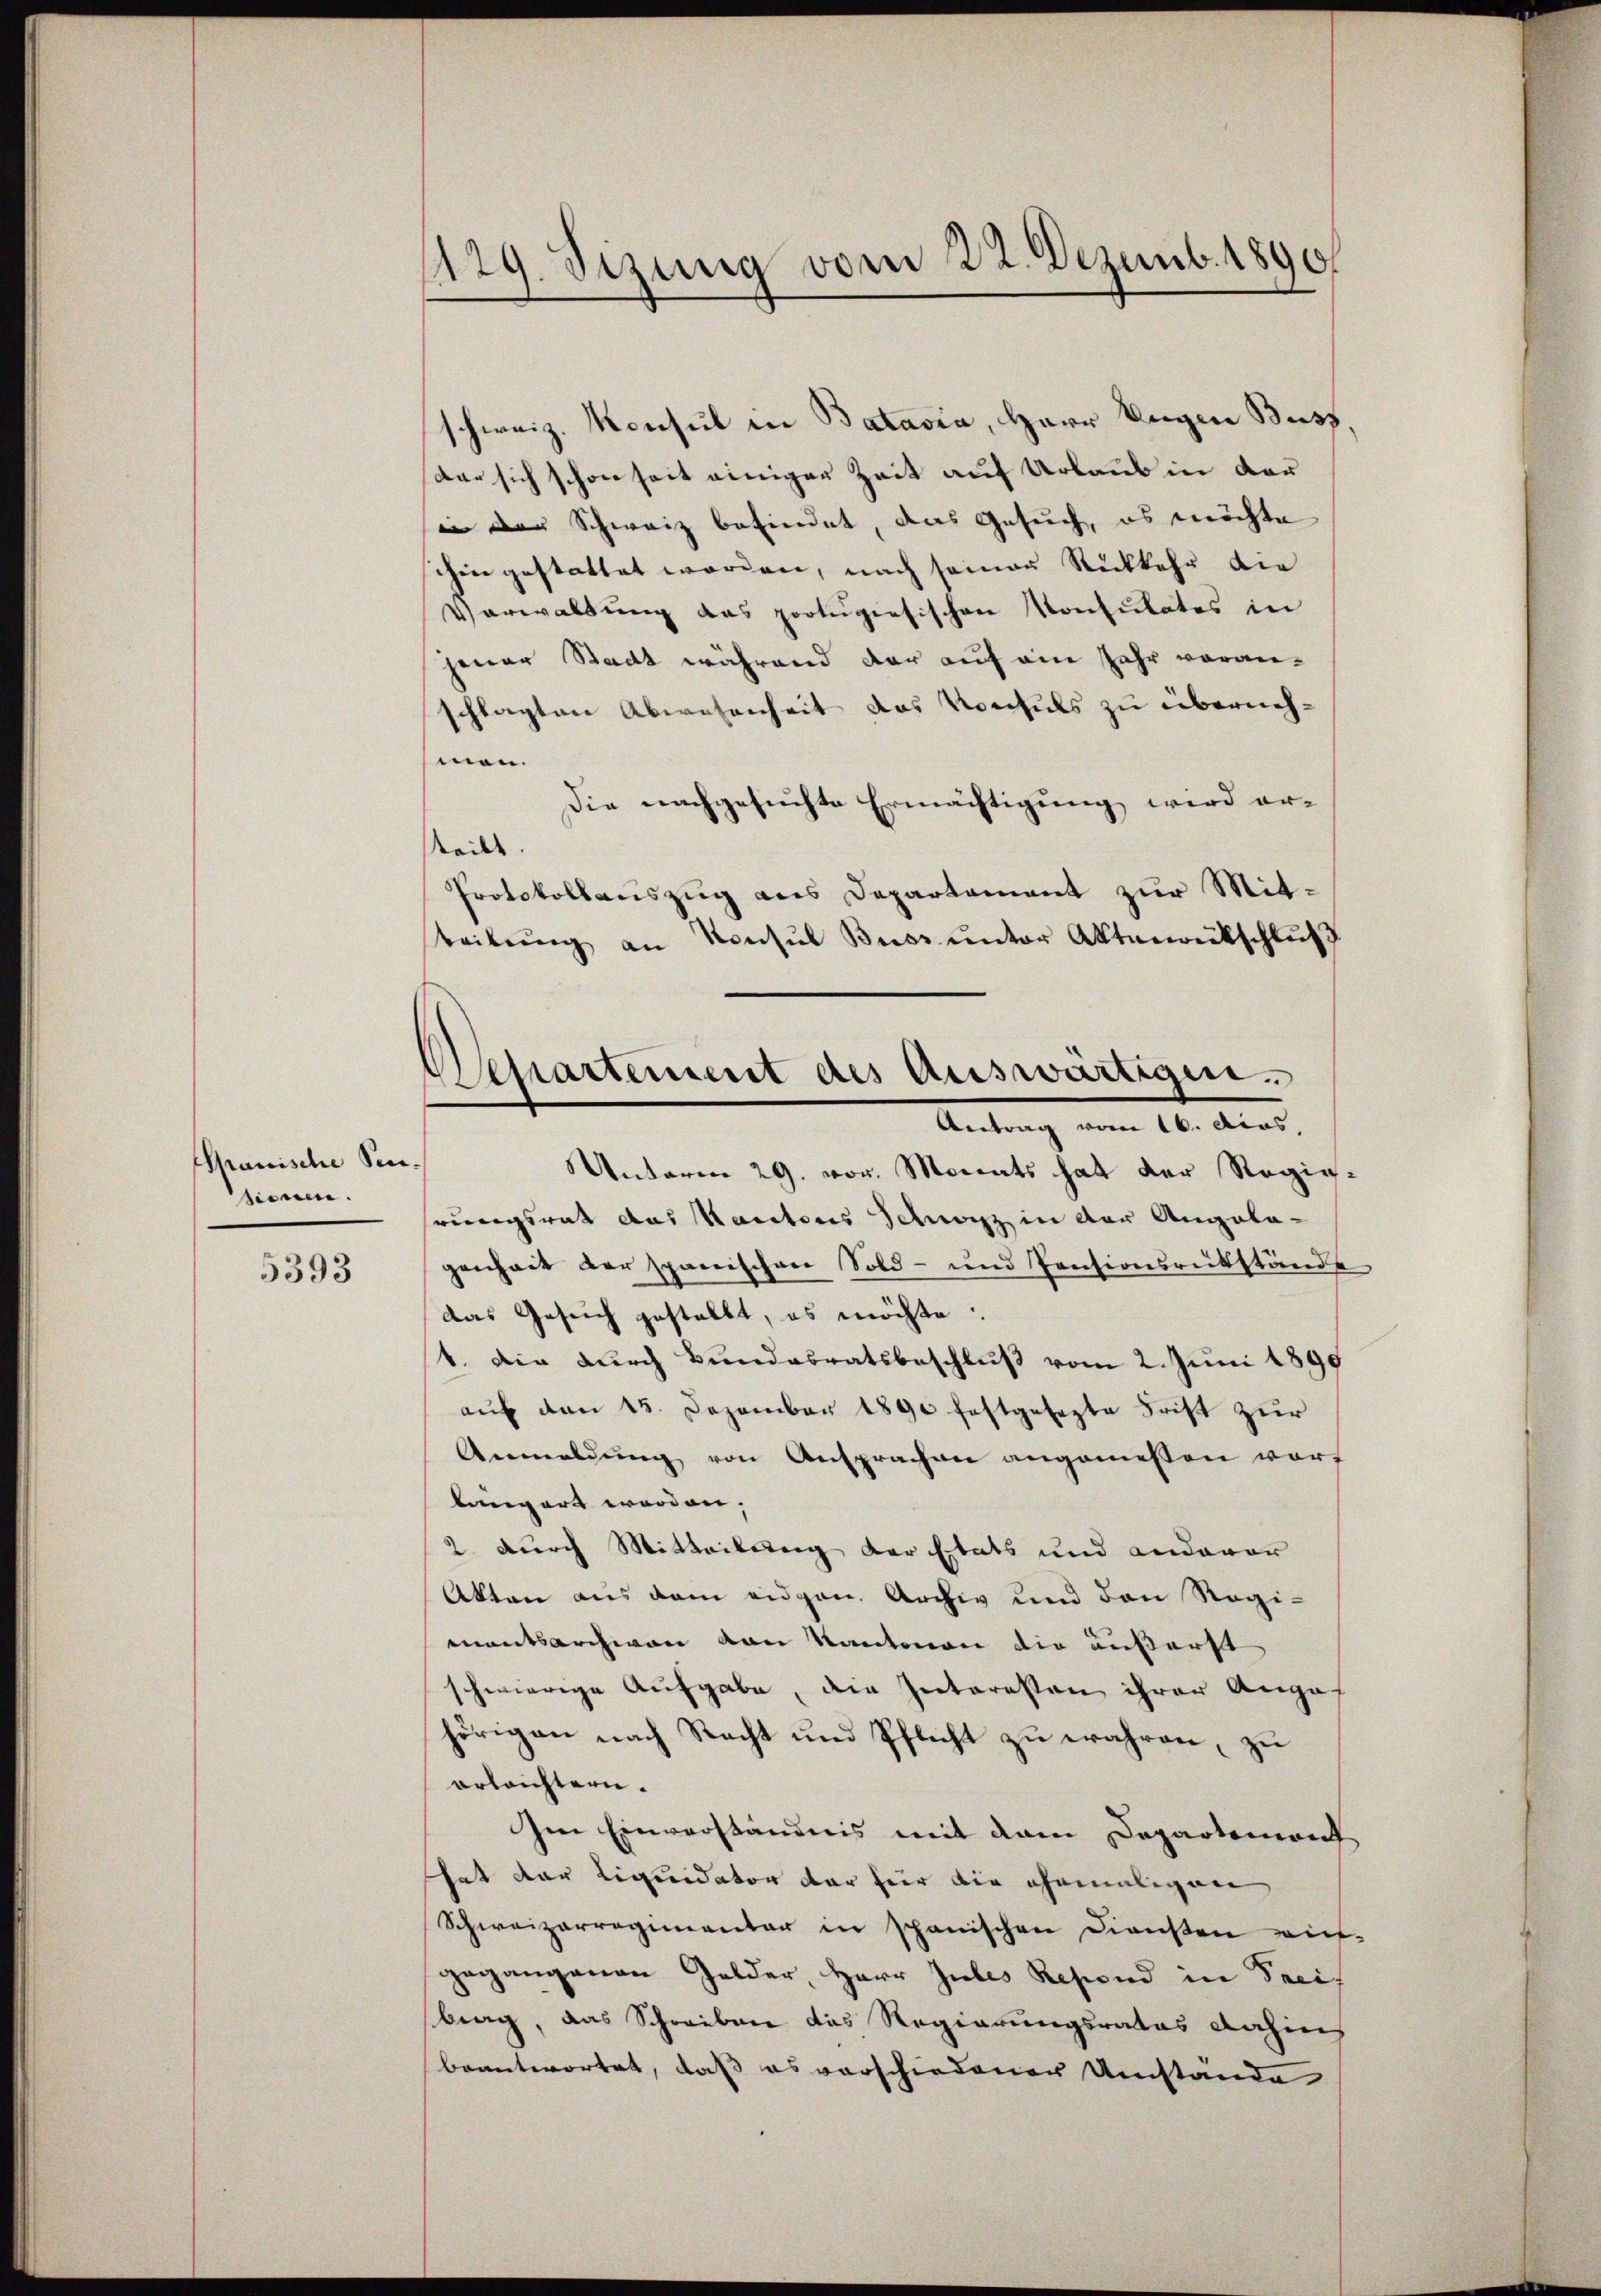
Mauische Sensienen.

5393

1129. Sizung vom 22. Dezemb. 1890

schweiz. Konsul in Batavia, Herr Eugen Buss,
der sich schon seit einiger Zeit auf Urlaub in der
in der Schweiz befindet, das Gesuch, es möchte
ihin gestattet worden, nach seiner Rückkehr die
V) erwaltŭng das protugisischen Konsulates in
jener Stadt während der auf ein Jahr voran-
schlagten Abwesenheit das Konsuls zu übernehmen.
Die nachgesuchte Ermächtigung wird erteilt.
Protokollauszug aus Departement zur Mitteilŭng an Konsul Buss unter Aktenrütschluß

Separtement des Auswärtigen.
Antrag vom 16. Acas,

Unterm 29. vor. Monats hat der Regigrungsrat das Kantons Schwyz in der Angela-
genheit der spanischen Sold- und Pensionsrükstände
das Gesuch gestellt, es möchte:
1. Die durch Bundesratsbeschluß vom 2. Juni 1890
auf den 15. Dezember 1890 festgesezte Frist zur
Anmeldŭng von Ansprachen angemessen wort
längert werden;
2 durch Mitteilung der Etats und anderar
Akten aus dem eidgen. Archiv und den Regimentsarchiven von Kantonen die äußerst
schwierige Aufgabe, die Interesten ihrer Anga
hörigen nach Recht und Pflicht zu währen, zu
erleichtern.
Im Einverständnis mit dem Departement
hat der Liquidator der für die ehemaligen
Schweizerregimentar in spanischen Diensten wiegegangenen Gelder, Herr Jubes Resind in Preis
berg, das Schreiben das Regierungsrates dahin
beantwortet, daß es vorschiedener Umstände